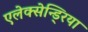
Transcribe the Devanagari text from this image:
एलेक्सेन्ड्रिया